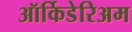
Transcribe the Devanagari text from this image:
ऑर्किडेरिअम